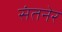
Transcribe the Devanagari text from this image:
संतनेर